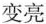
变亮